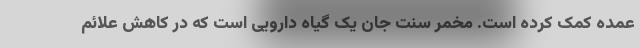
عمده کمک کرده است. مخمر سنت جان یک گیاه دارویی است که در کاهش علائم